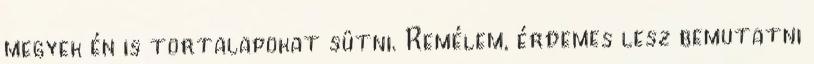
megyek én is tortalapokat sütni. Remélem, érdemes lesz bemutatni